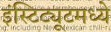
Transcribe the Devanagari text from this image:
इंस्टिट्यूटमध्ये